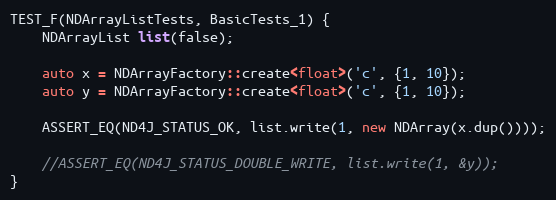
Language: C++
TEST_F(NDArrayListTests, BasicTests_1) {
    NDArrayList list(false);

    auto x = NDArrayFactory::create<float>('c', {1, 10});
    auto y = NDArrayFactory::create<float>('c', {1, 10});

    ASSERT_EQ(ND4J_STATUS_OK, list.write(1, new NDArray(x.dup())));

    //ASSERT_EQ(ND4J_STATUS_DOUBLE_WRITE, list.write(1, &y));
}